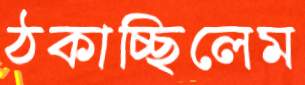
ঠকাচ্ছিলেম